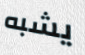
يشبه